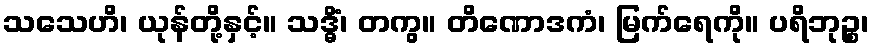
သသေဟိ၊ ယုန်တို့နှင့်။ သဒ္ဓိံ၊ တကွ။ တိဏောဒကံ၊ မြက်ရေကို။ ပရိဘုဉ္စ၊